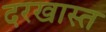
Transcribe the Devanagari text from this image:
दरखास्त